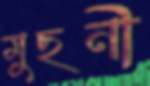
মুছনী